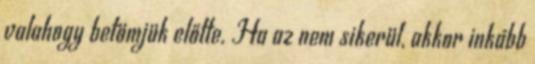
valahogy betömjük előtte. Ha az nem sikerül, akkor inkább